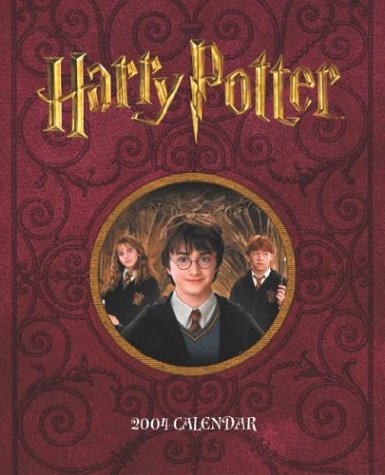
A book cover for Harry Potter 2004 Engagement Calendar; Calendars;